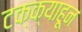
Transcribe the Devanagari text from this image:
टक्‍क्‍याहून